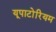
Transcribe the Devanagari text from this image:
यूपाटोरियम